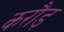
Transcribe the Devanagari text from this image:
करौड़